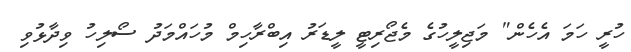
ހުރީ ހަމަ އެހެން" މަޖިލީހުގެ މެޖޯރިޓީ ލީޑަރު އިބްރާހިމް މުހައްމަދު ސޯލިހު ވިދާޅުވި